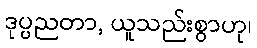
ဒုပ္ပညတာ, ယူသည်းစွာဟု၊